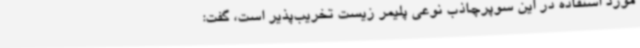
مورد استفاده در این سوپرچاذب نوعی پلیمر زیست تخریب‌پذیر است، گفت: